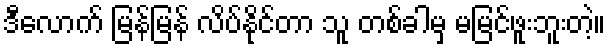
ဒီလောက် မြန်မြန် လိပ်နိုင်တာ သူ တစ်ခါမှ မမြင်ဖူးဘူးတဲ့။